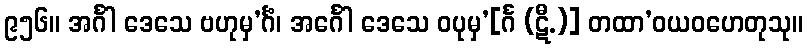
၉၅၆။ အင်္ဂါ ဒေသေ ဗဟုမှ’င်္ဂံ၊ အင်္ဂေါ ဒေသေ ဝပုမှ’[င်္ဂ (ဋီ.)] တထာ’ဝယဝဟေတုသု။